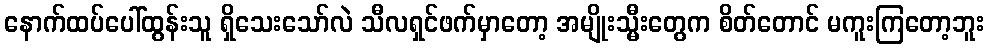
နောက်ထပ်ပေါ်ထွန်းသူ ရှိသေးသော်လဲ သီလရှင်ဖက်မှာတော့ အမျိုးသ္မီးတွေက စိတ်တောင် မကူးကြတော့ဘူး